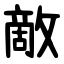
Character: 敵